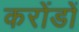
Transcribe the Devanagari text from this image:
करोंडों